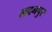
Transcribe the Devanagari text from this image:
लदनपुर